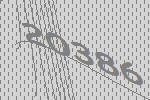
20386